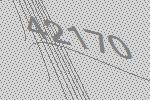
42170